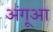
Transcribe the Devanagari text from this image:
अंगूआ